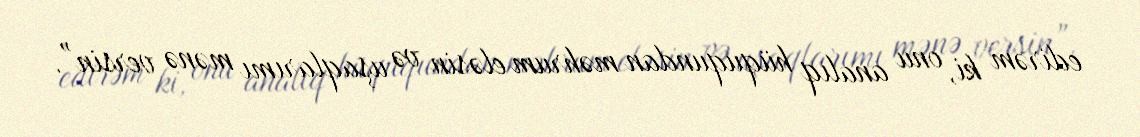
edirəm ki, onu analıq hüququndan məhrum eləsin və uşaqlarımı mənə versin”.